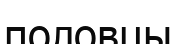
половцы